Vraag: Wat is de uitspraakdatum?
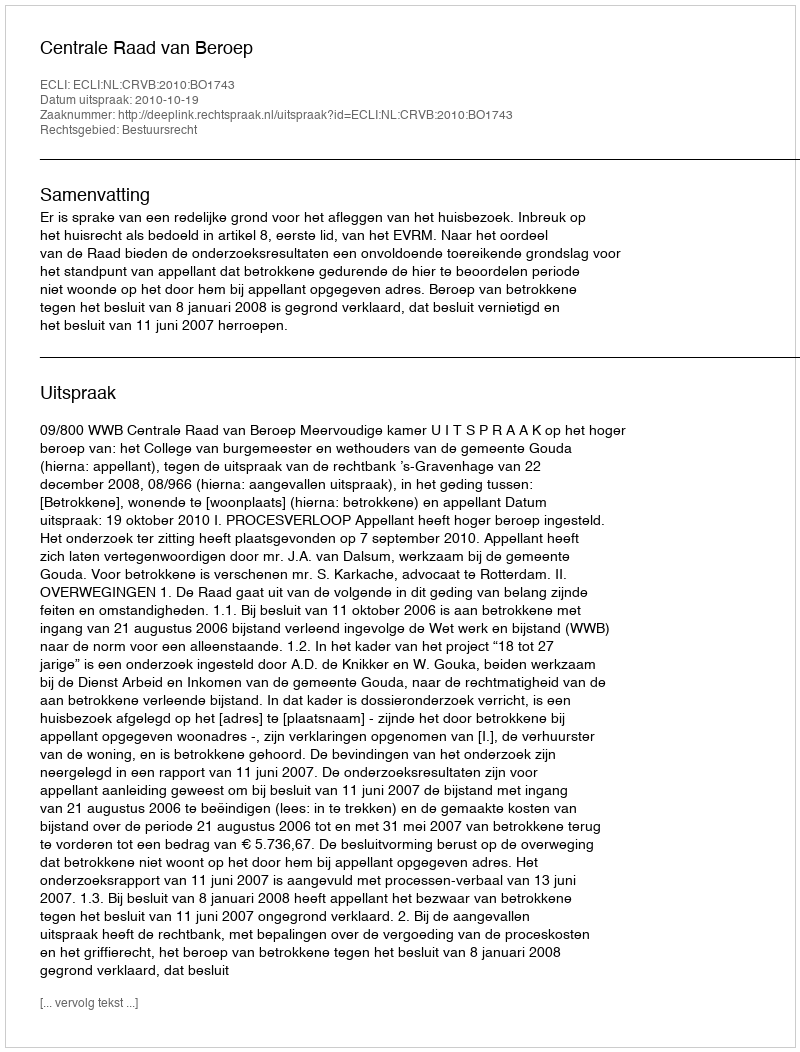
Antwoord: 2010-10-19